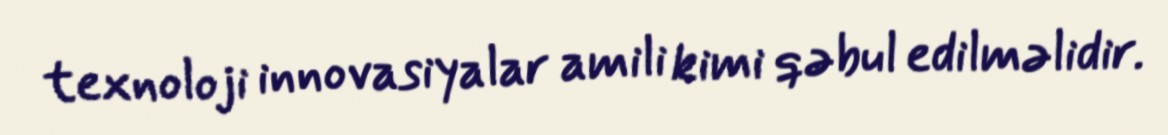
texnoloji innovasiyalar amili kimi qəbul edilməlidir.